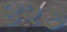
૪૨૭